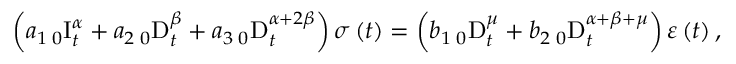
\left( a _ { 1 } \, _ { 0 } \mathrm { I } _ { t } ^ { \alpha } + a _ { 2 } \, _ { 0 } \mathrm { D } _ { t } ^ { \beta } + a _ { 3 } \, _ { 0 } \mathrm { D } _ { t } ^ { \alpha + 2 \beta } \right) \sigma \left( t \right) = \left( b _ { 1 } \, _ { 0 } \mathrm { D } _ { t } ^ { \mu } + b _ { 2 } \, _ { 0 } \mathrm { D } _ { t } ^ { \alpha + \beta + \mu } \right) \varepsilon \left( t \right) ,